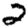
Digit: 2